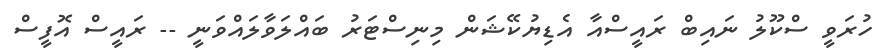
ހުރަވީ ސްކޫލު ނައިބް ރައީސްއާ އެޑިޔުކޭޝަން މިނިސްޓަރު ބައްލަވާލައްވަނީ -- ރައީސް އޮފީސް